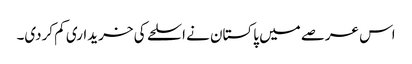
اس عرصے میں پاکستان نے اسلحے کی خریداری کم کردی۔